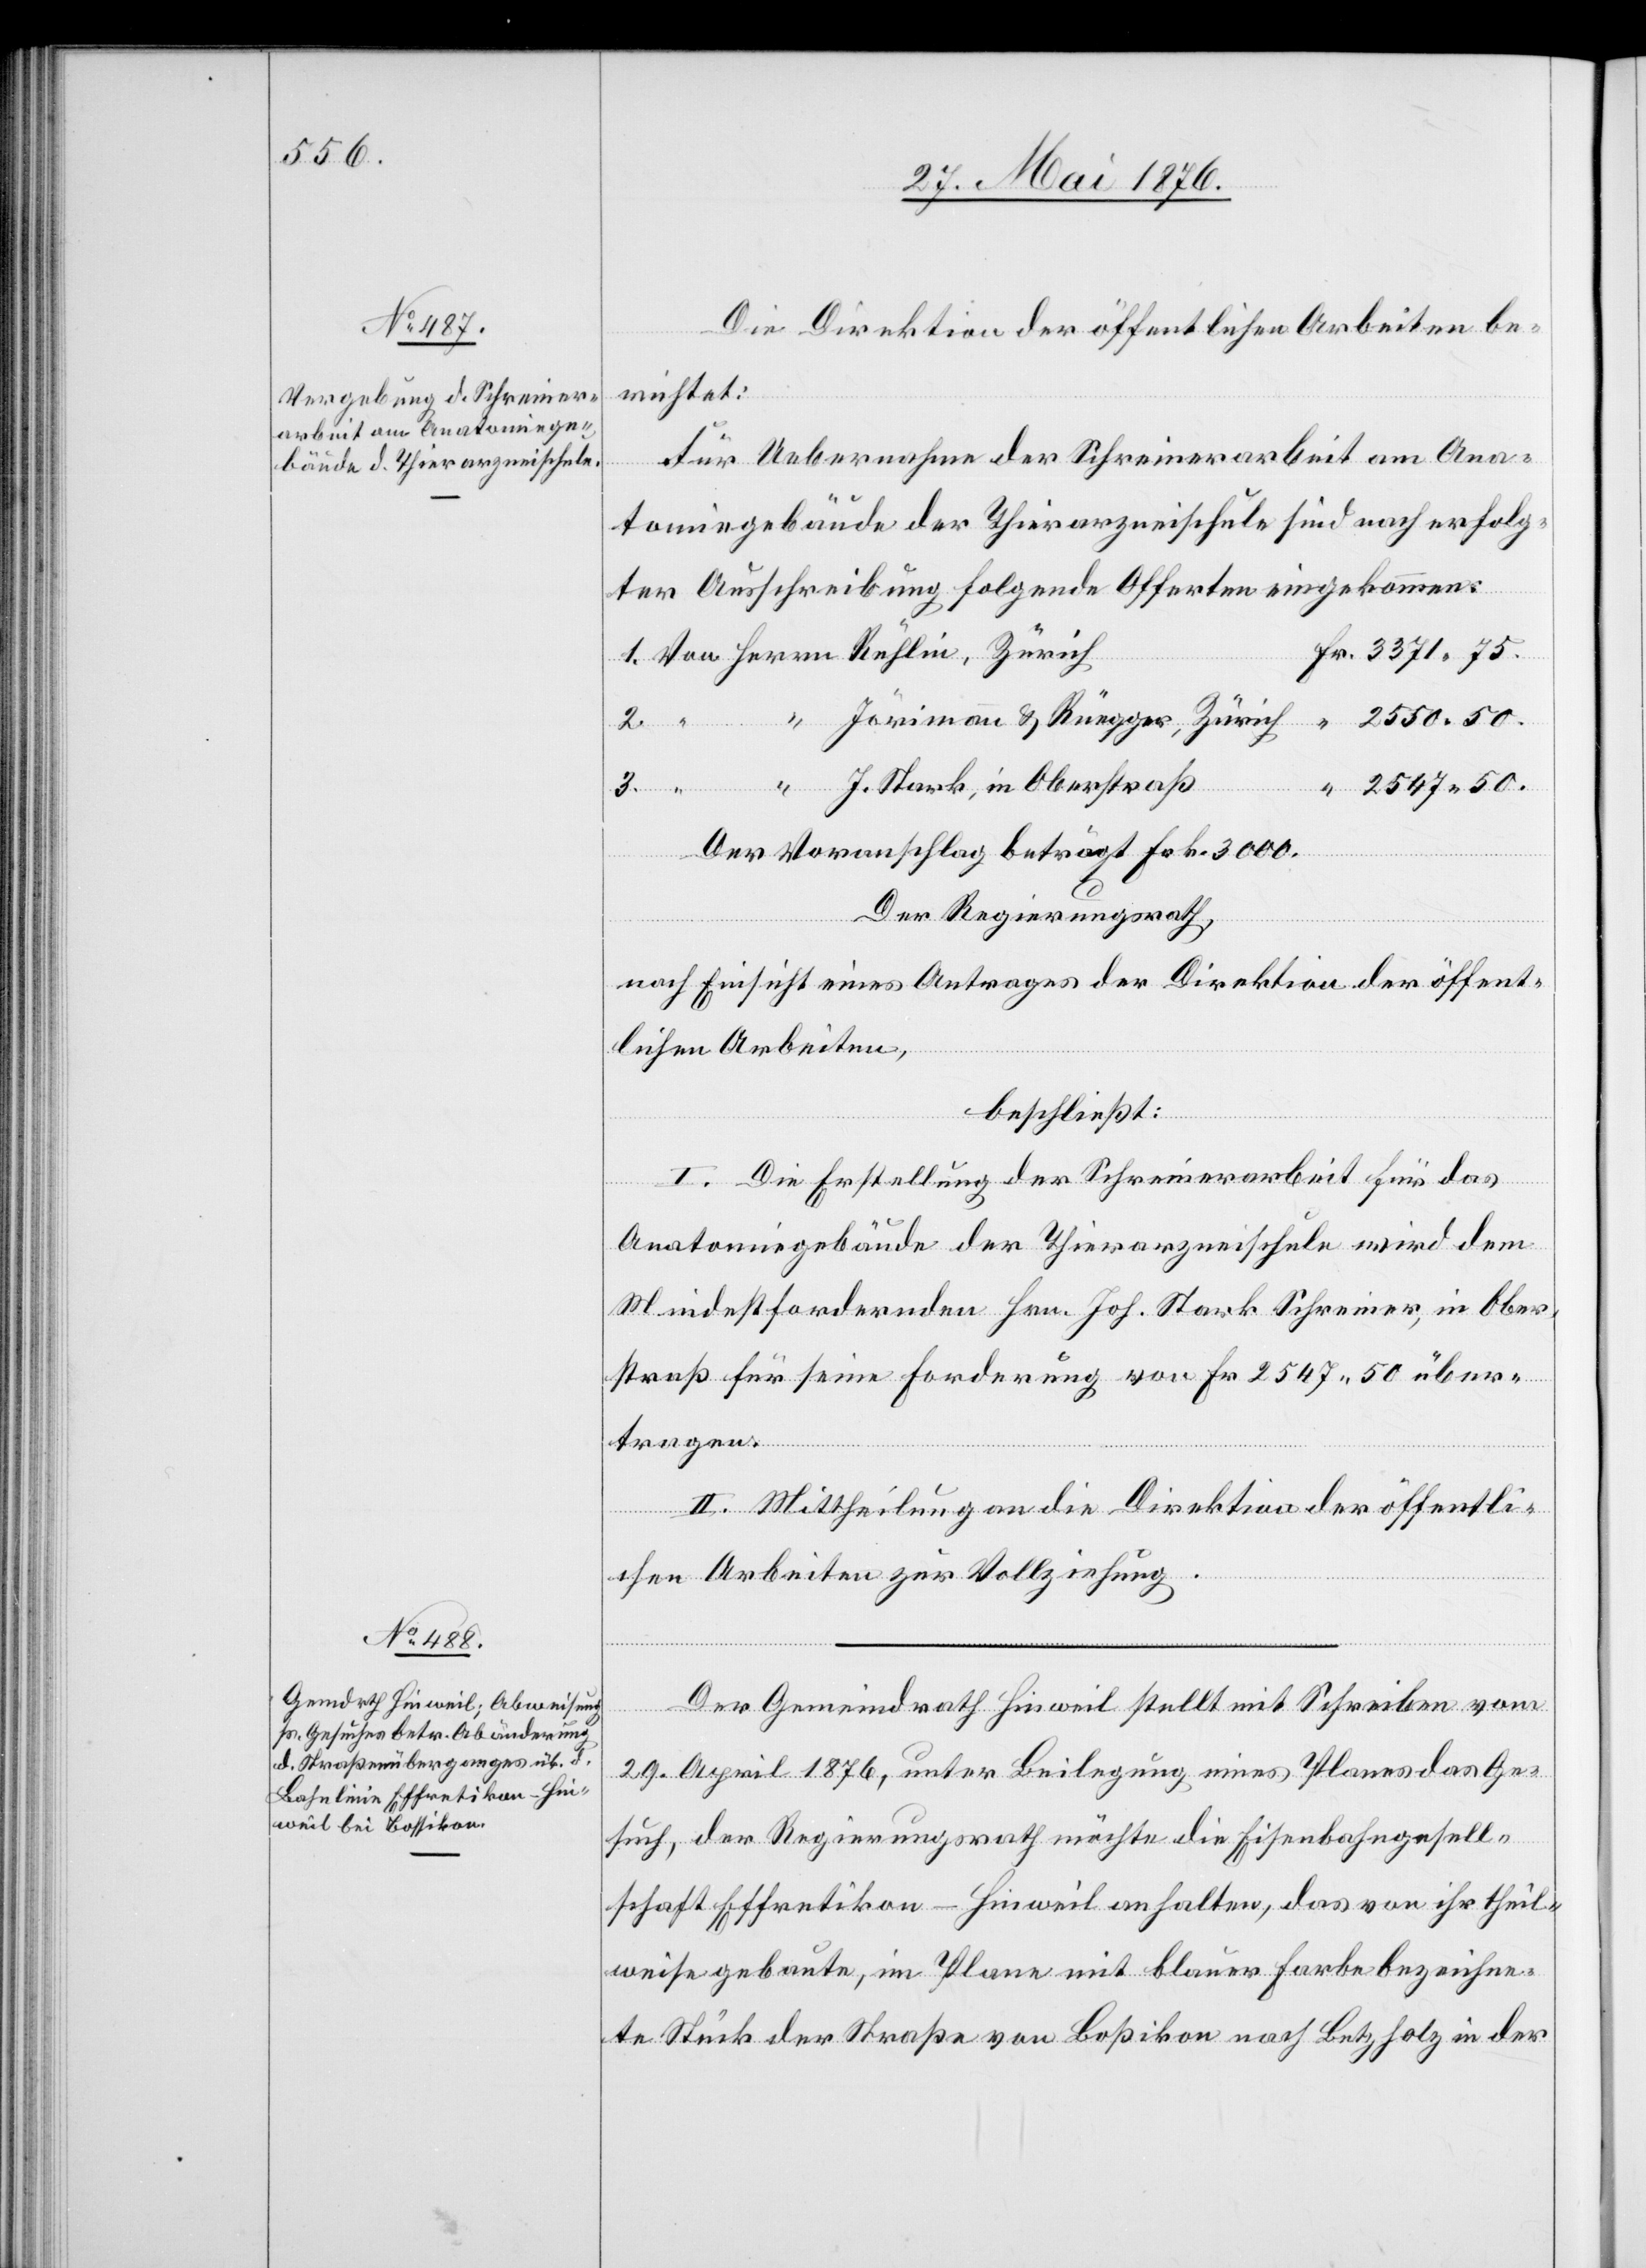
50.

Die Direktion der öffentlichen Arbeiten be¬
richtet:
Für Uebernahme der Schreinerarbeit am Ana¬
tomiegebäude der Thierarzneischule sind nach erfolg¬
ter Ausschreibung folgende Offerten eingekommen:
Stark, in Oberstraß
2.
1.
Der Voranschlag beträgt Frk. 3000.
Der Regierungsrath,
nach Einsicht eines Antrages der Direktion der öffent¬
J.
lichen Arbeiten,
beschließt:
“
I. Die Erstellung der Schreinerarbeit für das
Anatomiegebäude der Thierarzneischule wird dem
Mindestfordernden Hrn. Joh. Stark Schreiner, in Ober¬
straß für seine Forderung von 2547 50 über¬
tragen.
II. Mittheilung an die Direktion der öffentli¬
chen Arbeiten zur Vollziehung.
Herrn
Der Gemeindrath Hinweil stellt mit Schreiben vom
29. April 1876, unter Beilegung eines Planes das Ge¬
such, der Regierungsrath möchte die Eisenbahngesell¬
schaft Effretikon–Hinweil anhalten, das von ihr theil¬
weise gebaute, im Plane mit blauer Farbe bezeichne¬
te Stück der Straße von Boßikon nach Betzholz in der